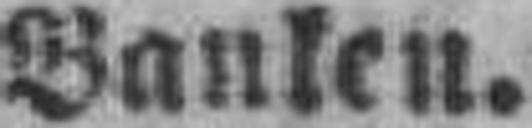
Banken.